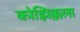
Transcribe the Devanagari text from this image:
कोझिक्कला